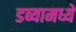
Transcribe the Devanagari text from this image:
डब्यामध्ये